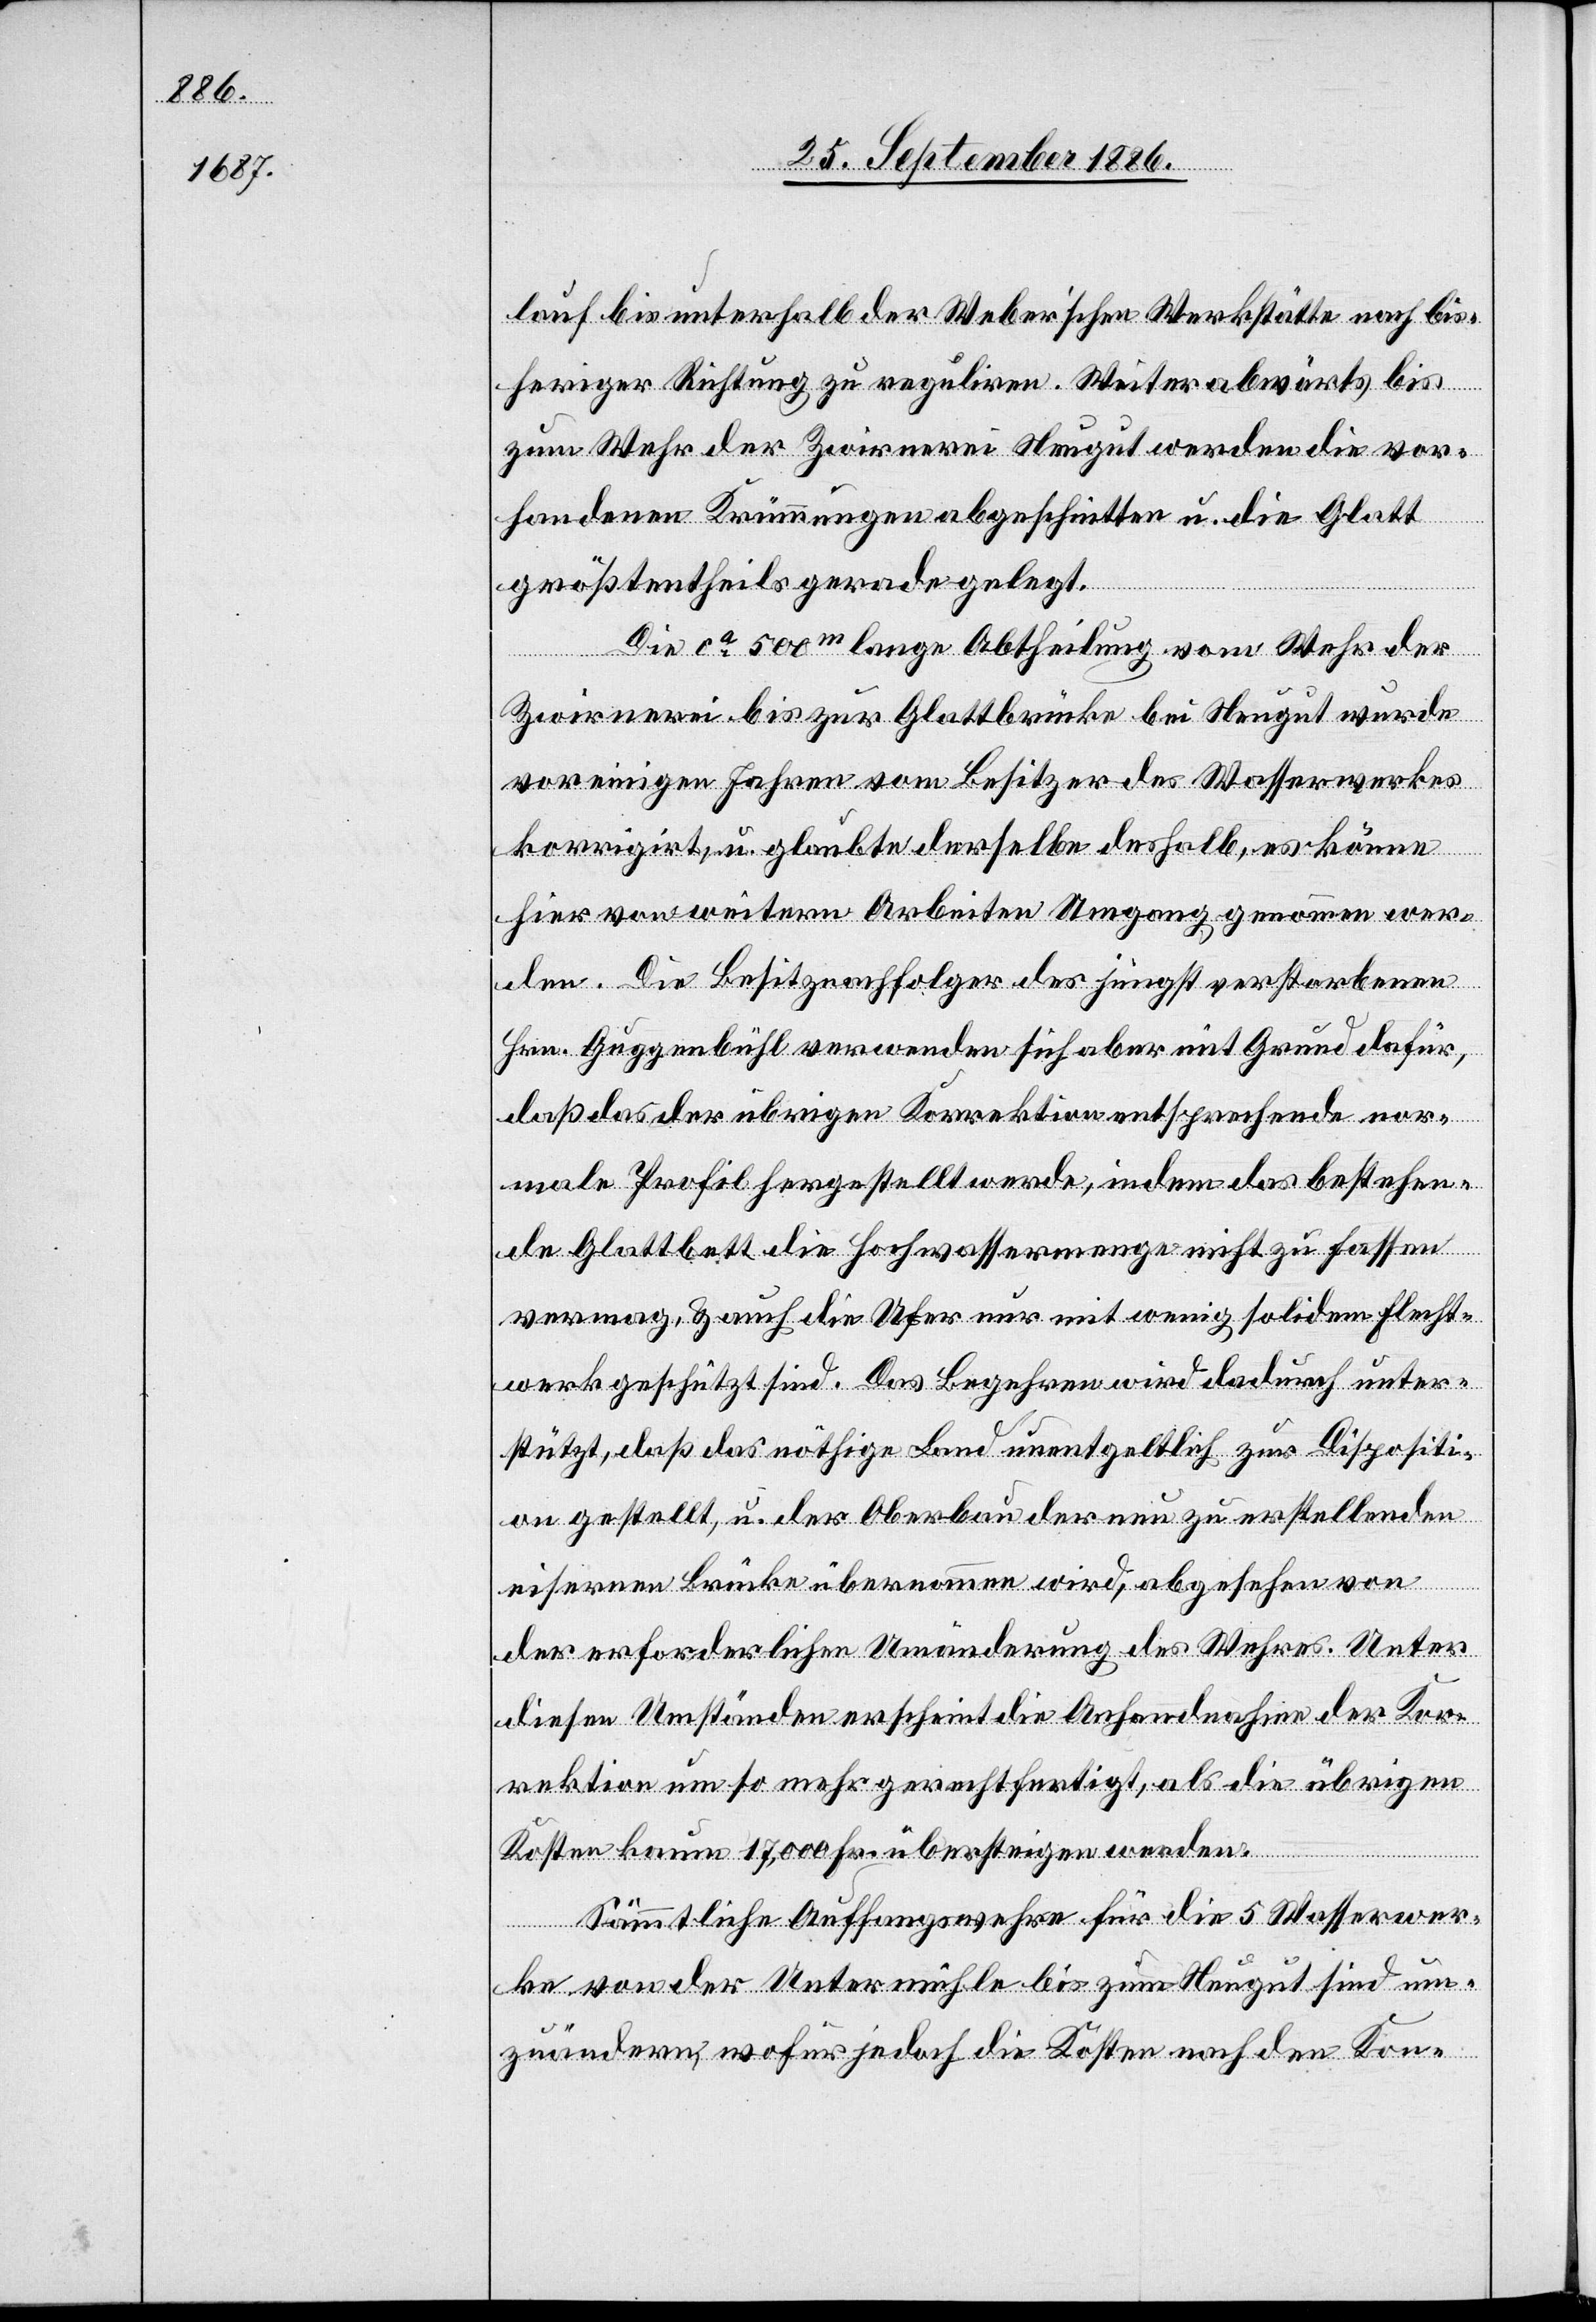
lauf bis unterhalt der Weberʼschen Werkstätte nach bis¬
heriger Richtung zu reguliren. Weiter abwärts bis
zum Wehr der Zwirnerei Neugut werden die vor¬
handenen Krümmungen abgeschnitten u. die Glatt
größtentheil gerade gelegt.
Die ca 500m lange Abtheilung vom Wehr der
Zwirnerei bis zur Glattbrücke bei Neugut wurde
vor einigen Jahren vom Besitzer des Wasserwerkes
korrigirt, u. glaubte derselbe deshalb, es könne
hier von weitern Arbeiten Umgang genommen wer¬
den. Die Besitznachfolger des jüngst verstorbenen
Hrn. Guggenbühl verwenden sich aber mit Grund dafür,
daß das der übrigen Korrektion entsprechende nor¬
male Profil hergestellt werde, indem das bestehen¬
de Glattbett die Hochwassermenge nicht zu fassen
vermag, & auch die Ufer nur mit wenig solidem Flecht¬
werk geschützt sind. Das Begehren wird dadurch unter¬
stützt, daß das nöthige Land unentgeltlich zur Dispositi¬
on gestellt, u. der Oberbau der neu zu erstellenden
eisernen Brücke übernommen wird, abgesehen von
der erforderlichen Umänderung des Wehres. Unter
diesen Umständen erscheint die Anhandnahme der Kor¬
rektion um so mehr gerechtfertigt, als die übrigen
Kosten kaum 17,000 Fr. übersteigen werden.
Sämmtliche Auffangswehre für die Wasserwer¬
ke von der Untermühle bis zum Neugut sind um¬
zuändern, wofür jedoch die Kosten nach den Kon-